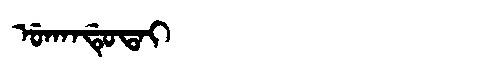
Manchu: ᡠᡴᠠᠨᡩᡠᡨᠠᡳ
Romanization: UKANDUTAI